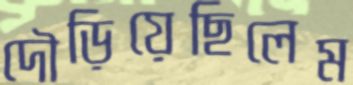
দৌড়িয়েছিলেম